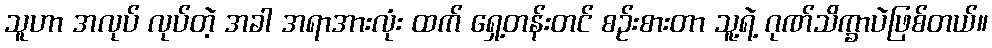
သူဟာ အလုပ် လုပ်တဲ့ အခါ အရာအားလုံး ထက် ရှေ့တန်းတင် စဉ်းစားတာ သူ့ရဲ့ ဂုဏ်သိက္ခာပဲဖြစ်တယ်။